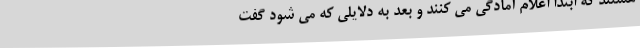
هستند که ابتدا اعلام آمادگی می کنند و بعد به دلایلی که می شود گفت